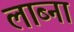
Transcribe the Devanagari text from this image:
लाब्ना